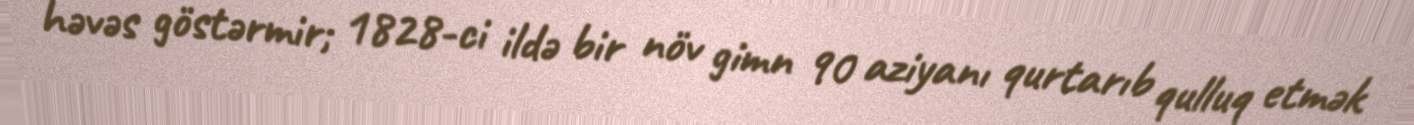
həvəs göstərmir; 1828-ci ildə bir növ gimn 90 aziyanı qurtarıb qulluq etmək